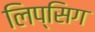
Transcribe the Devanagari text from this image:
लिप्सिग